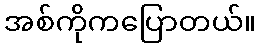
အစ်ကိုကပြောတယ်။